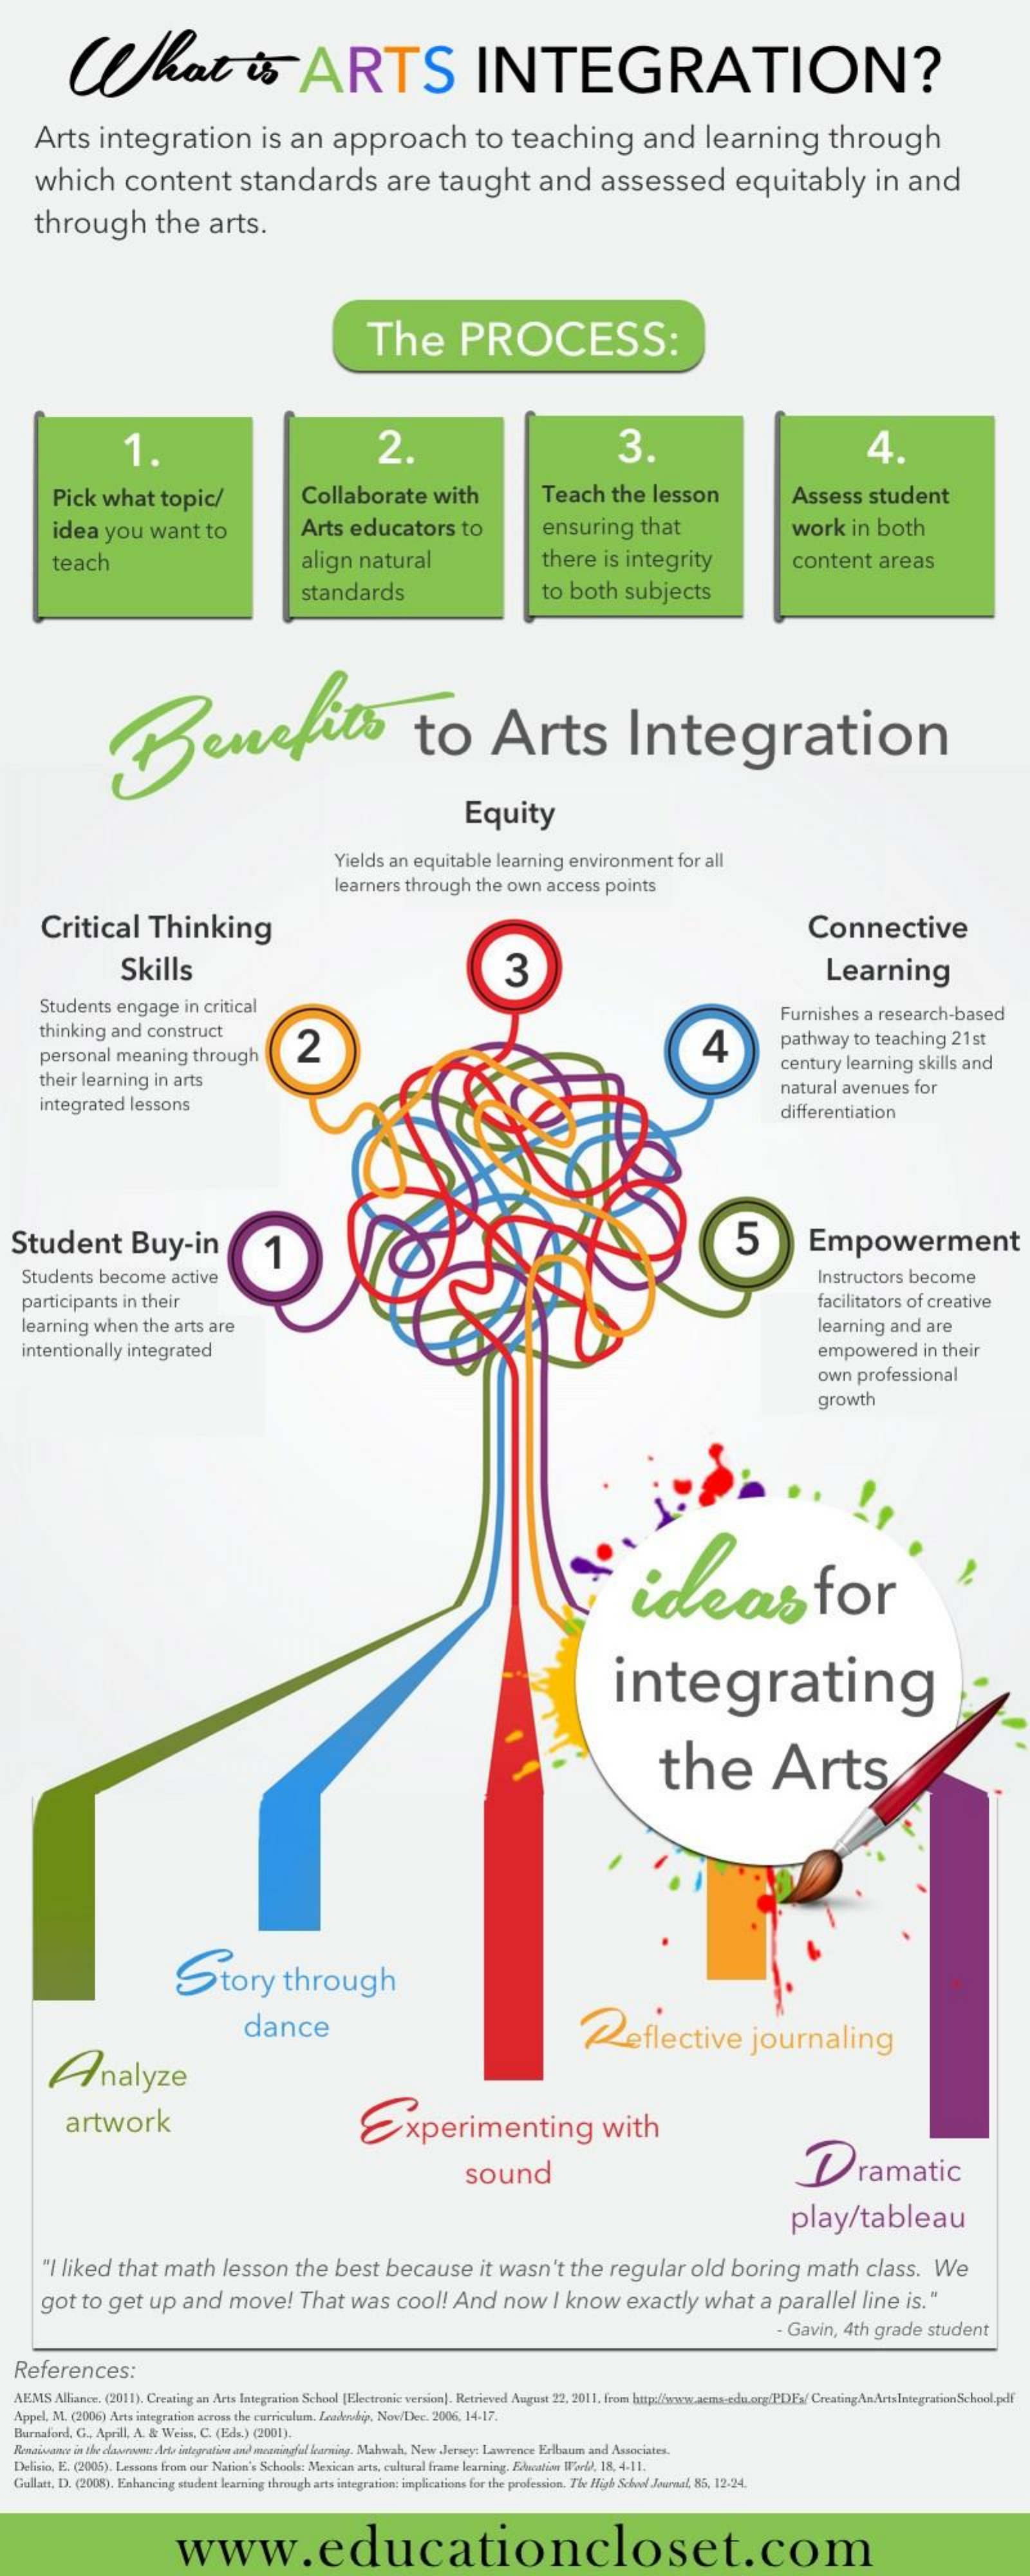
What's    ARTS    INTEGRATION?
     Arts    integration    is   an    approach    to    teaching    and    learning    through
     which    content    standards    are    taught    and    assessed    equitably    in    and
     through    the    arts.
     The    PROCESS:
     1.    2.    3.    4.
     Pick   what    topic/    Collaborate    with    Teach    the   lesson    Assess    student
     idea   you    want    to    Arts    educators    to    ensuring    that    work    in  both
     teach    align   natural    there    is integrity    content    areas
     standards    to  both    subjects
     Benefits    to    Arts    Integration
     Equity
     Yields  an  equitable    learning    environment    for all
     learners   through    the  own    access   points
     Critical    Thinking    Connective
     Skills    3    Learning
     Students    engage    in critical
     thinking    and  construct
     Furnishes    a research-based
     personal    meaning    through    2    4    pathway    to teaching    21st
     their  learning   in  arts
     century   leaming    skills and
     integrated    lessons
     natural  avenues    for
     differentiation
  Student    Buy-in    1    5    Empowerment
    Students    become    active    Instructors    become
    participants    in their    facilitators of  creative
    learning   when    the  arts are    learning   and  are
    intentionally   integrated    empowered    in their
     own   professional
     growth
     ideas    for
     integrating
     the    Arts
     Story    through
     dance
     Analyze
     Reflective    journaling
     artwork    Experimenting    with
     sound    Dramatic
     play/tableau
     "I liked    that   math    lesson    the   best    because    it wasn't    the    regular    old   boring    math    class.    We
     got   to  get    up   and    move!    That    was    cool!    And    now    I know    exactly    what    a  parallel    line   is."
     Gavin,   4th  grade    student
  References:
  AEMS   Alliance, (2011), Creating an Arts Integration School [Electronic version). Retrieved August 22, 2011, from http://www.aems-edu.org/PDFs/ CreatingAnArtsIntegrationSchool.pdf
  Appel, M. (2006) Arta integration across the curriculum. Leadership, Nov/Dec. 2006, 14-17.
  Burnaford, C ., Aprill, A. & Weins, C. (Ela.) (2001).
  Renaissance in the clawrosse: Arte integration and somingfal learning. Mahwah, New Jersey; Lawrence Erlbaum and Associates.
   Delmio, E. (2006). Lessons from our Nation's Schools: Mexican arts, cultural frame learning. Edvonline Wl'ord), 18, 4-11.
  Gullatt, D. (2008). Enhancing student learning through arts integration: implications for the profession. The High School Journal, 86, 12.24.
     www.educationcloset.com